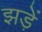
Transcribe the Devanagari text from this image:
झड़ें